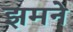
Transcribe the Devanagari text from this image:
झमने